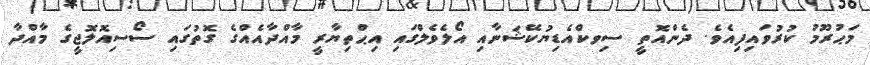
މަޙުރޫމު ކުރުވައިފިއެވެ. ދެންއޮތީ ސިވކްއެޑިޔުކޭޝަނާއި އޯލެވެލްގައި އިޙްތިޔާރީ މާއްދާއެއްގެ ގޮތުގައި ސޯސިއޮލޮޖީގެ މާއްދާ